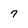
Character: 7